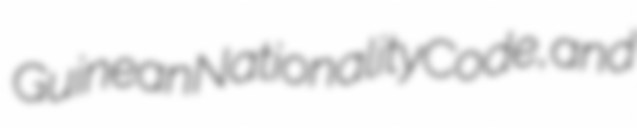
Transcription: Guinean Nationality Code, and